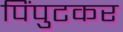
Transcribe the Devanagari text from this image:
पिंपुटकर